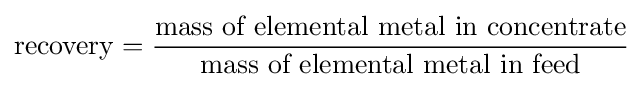
\mathrm {recovery} ={\frac {\mbox{mass of elemental metal in concentrate}}{\mbox{mass of elemental metal in feed}}}